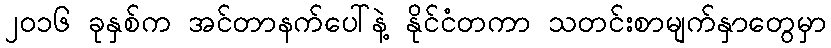
၂၀၁၆ ခုနှစ်က အင်တာနက်ပေါ်နဲ့ နိုင်ငံတကာ သတင်းစာမျက်နှာတွေမှာ